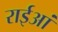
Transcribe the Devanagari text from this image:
राईआं